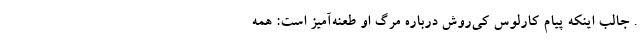
. جالب اینکه پیام کارلوس کی‌روش درباره مرگ او طعنه‌آمیز است: همه